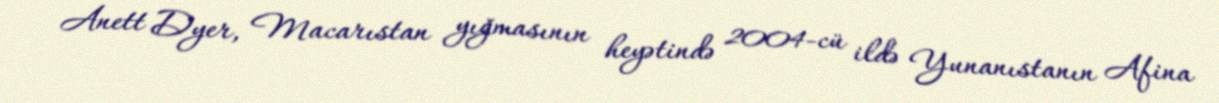
Anett Dyer, Macarıstan yığmasının heyətində 2004-cü ildə Yunanıstanın Afina